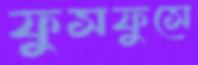
ফুসফুসে